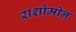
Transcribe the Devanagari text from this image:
राशोमोन